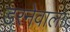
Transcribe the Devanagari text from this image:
डरनेवाला